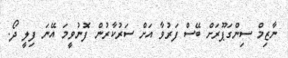
ނާޒިމް ސިންގަޕޫރަށް ބޭސް ފަރުވާ އަށް ސަރުކާރުން ފޮނުވީމަ އޭނަ ފިލީ ދޯ.